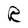
Character: R